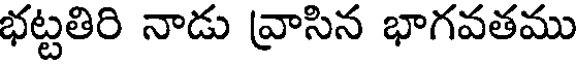
భట్టతిరి నాడు వ్రాసిన భాగవతము